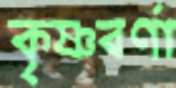
কৃষ্ণবর্ণা